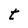
Character: t